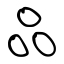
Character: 品